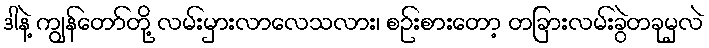
ဒါနဲ့ ကျွန်တော်တို့ လမ်းမှားလာလေသလား၊ စဉ်းစားတော့ တခြားလမ်းခွဲတခုမှလဲ